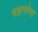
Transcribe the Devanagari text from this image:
महानरेगा